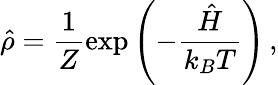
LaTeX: \hat{\rho}=\frac{1}{Z}\exp\left(-\frac{\hat{H}}{k_{B}T}\right)\, ,